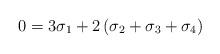
LaTeX: \begin{align*}0 = 3\sigma_1+2\left(\sigma_2+\sigma_3+\sigma_4\right)\end{align*}